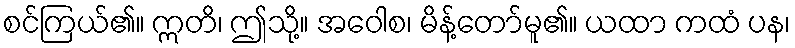
စင်ကြယ်၏။ ဣတိ၊ ဤသို့။ အဝေါစ၊ မိန့်တော်မူ၏။ ယထာ ကထံ ပန၊